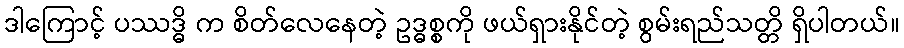
ဒါကြောင့် ပဿဒ္ဓိ က စိတ်လေနေတဲ့ ဥဒ္ဓစ္စကို ဖယ်ရှားနိုင်တဲ့ စွမ်းရည်သတ္တိ ရှိပါတယ်။